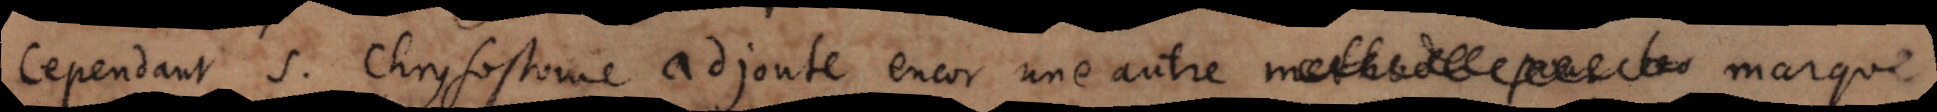
Cependant S. Chrysostome adjoute encor une autre methode pour les marque